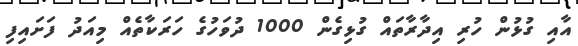
އާއި ގުޅުން ހުރި އިދާރާތައް ގުޅިގެން 1000 ދުވަހުގެ ހަރަކާތެއް މިއަދު ފަށައިފި